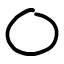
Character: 〇